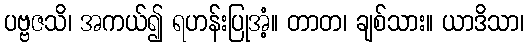
ပဗ္ဗဇသိ၊ အကယ်၍ ရဟန်းပြုအံ့။ တာတ၊ ချစ်သား။ ယာဒိသာ၊